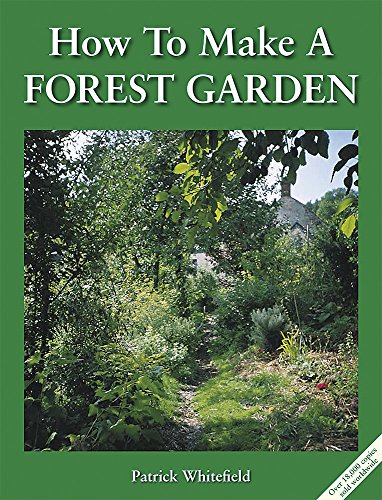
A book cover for How to Make a Forest Garden, 3rd Edition; Patrick Whitefield; Crafts, Hobbies & Home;